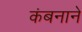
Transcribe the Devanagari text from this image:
कंबनाने